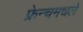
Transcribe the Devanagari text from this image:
फ्रेन्चमधले